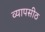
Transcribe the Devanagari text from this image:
व्यापसीठ